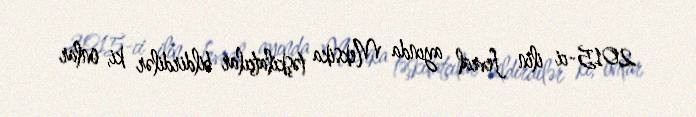
2015-ci ilin fevral ayında Meksika təşkilatçılar bildirdilər ki, onlar